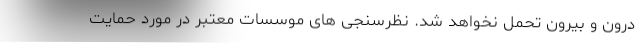
درون و بیرون تحمل نخواهد شد. نظرسنجی های موسسات معتبر در مورد حمایت